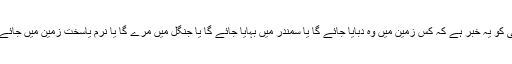
نہ کسی کو یہ خبر ہے کہ کس زمین میں وہ دبایا جائے گا یا سمندر میں بہایا جائے گا یا جنگل میں مرے گا یا نرم یاسخت زمین میں جائے گا “ ۔